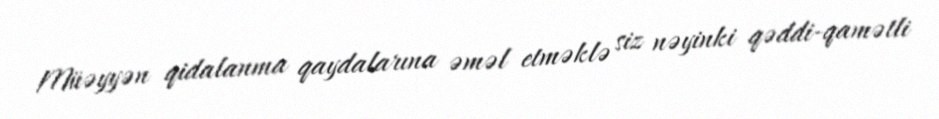
Müəyyən qidalanma qaydalarına əməl etməklə siz nəyinki qəddi-qamətli